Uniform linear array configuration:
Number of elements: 32
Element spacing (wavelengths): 0.25
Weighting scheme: uniform
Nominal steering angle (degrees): -60
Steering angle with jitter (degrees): -59.754
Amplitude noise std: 0.05
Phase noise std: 0.05

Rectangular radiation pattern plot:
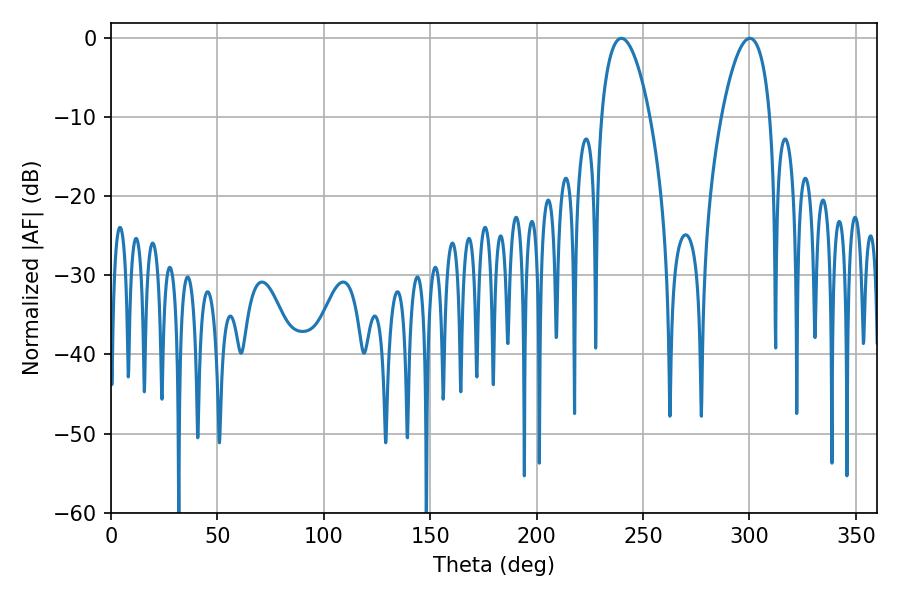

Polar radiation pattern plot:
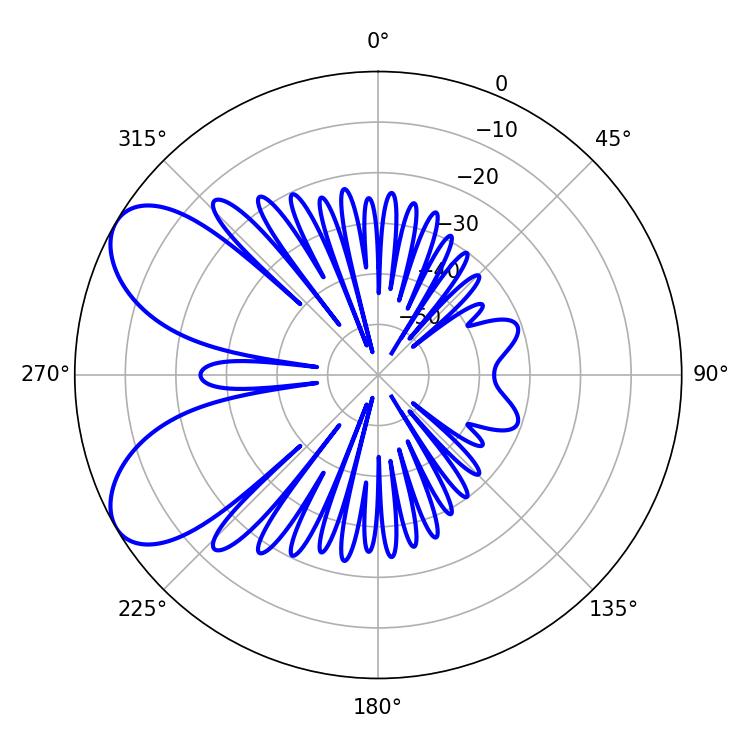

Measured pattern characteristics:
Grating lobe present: FALSE
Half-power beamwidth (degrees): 12.6
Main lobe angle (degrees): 239.76